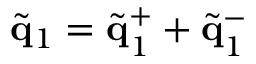
\tilde { \bf q } _ { 1 } = \tilde { \bf q } _ { 1 } ^ { + } + \tilde { \bf q } _ { 1 } ^ { - }